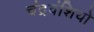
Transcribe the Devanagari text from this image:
चंद्रवंशियो